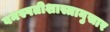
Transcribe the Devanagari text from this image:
वनस्पतीशास्त्रानुसार